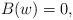
LaTeX: \begin{align*}{B}(w)=0,\end{align*}